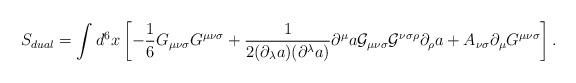
LaTeX: \begin{align*}S_{dual}=\int d^{6}x\left[-{\frac 1 6}G_{{\mu}{\nu}{\sigma}}G^{{\mu}{\nu}{\sigma}}+\frac{1}{2({\partial}_{\lambda}a)({\partial}^{\lambda}a)}{\partial}^{\mu}a{\cal G}_{{\mu}{\nu}{\sigma}}{\cal G}^{{\nu}{\sigma}{\rho}}{\partial}_{\rho}a+A_{{\nu}{\sigma}}{\partial}_{{\mu}}G^{{\mu}{\nu}{\sigma}}\right].\end{align*}